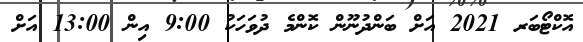
އޮކްޓޯބަރ 2021 އަށް ބަންދުނޫން ކޮންމެ ދުވަހަކު 9:00 އިން 13:00 އަށް